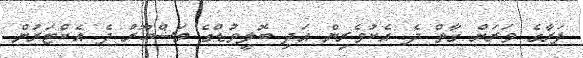
ފަރާގެ ވަރަށް ގާތް ދެ އެކުވެރިން އަދި ބޮލީވުޑްގެ މަޝްހޫރު ދެ އެކްޓަރުން